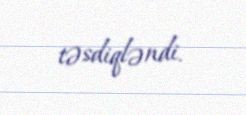
təsdiqləndi.